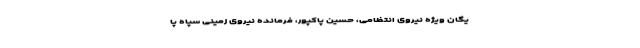
یگان ویژه نیروی انتظامی، حسین پاکپور، فرمانده نیروی زمینی سپاه پا